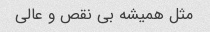
مثل همیشه بی نقص و عالی